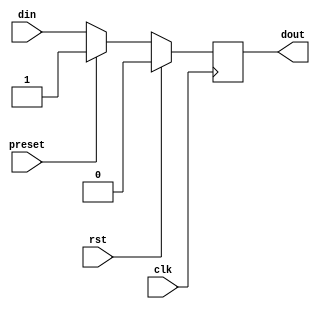
module flip_flop (
    input wire clk, // clock signal
    input wire rst, // reset signal
    input wire preset, // preset signal
    input wire din, // data input
    output reg dout // data output
);

// internal signals
reg current_state, next_state;

// sequential logic
always @(posedge clk) begin
    if (rst) begin
        current_state <= 1'b0; // reset state
    end else if (preset) begin
        current_state <= 1'b1; // preset state
    end else begin
        current_state <= din; // update state based on input
    end
end

// output logic
always @* begin
    dout = current_state; // output current state
end

endmodule